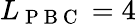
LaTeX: L_{\mathrm{~P~B~C~}}=4